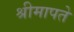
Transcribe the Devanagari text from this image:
श्रीमापते